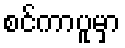
စင်ကာပူမှာ